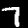
Label: 7